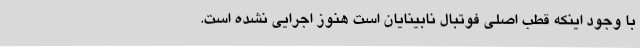
با وجود اینکه قطب اصلی فوتبال نابینایان است هنوز اجرایی نشده است.